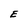
Character: E